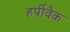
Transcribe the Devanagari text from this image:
हर्पीवैक